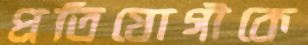
প্রতিযোগীকে